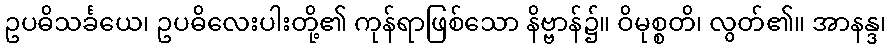
ဥပဓိသင်္ခယေ၊ ဥပဓိလေးပါးတို့၏ ကုန်ရာဖြစ်သော နိဗ္ဗာန်၌။ ဝိမုစ္စတိ၊ လွတ်၏။ အာနန္ဒ၊